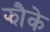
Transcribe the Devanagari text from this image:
झौके